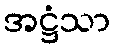
အဋ္ဌံသာ